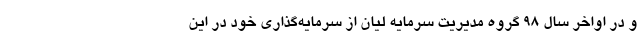
و در اواخر سال ۹۸ گروه مدیریت سرمایه لیان از سرمایه‌گذاری خود در این